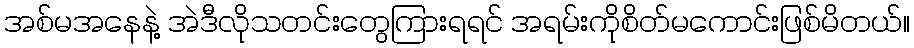
အစ်မအနေနဲ့ အဲဒီလိုသတင်းတွေကြားရရင် အရမ်းကိုစိတ်မကောင်းဖြစ်မိတယ်။